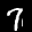
Label: 7